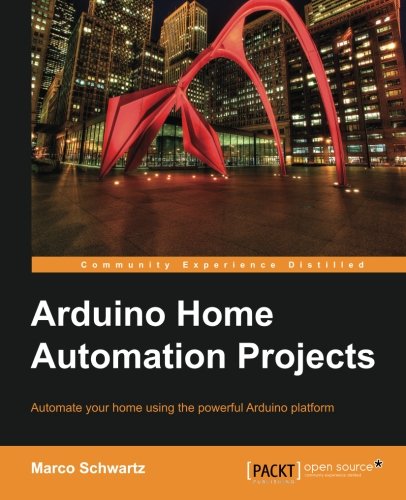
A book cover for Arduino Home Automation Projects : Automate your Home using the powerful Arduino Platform (Community Experience Distilled); Marco Schwartz; Computers & Technology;